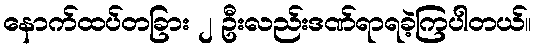
နောက်ထပ်တခြား ၂ ဦးလည်းဒဏ်ရာရခဲ့ကြပါတယ်။